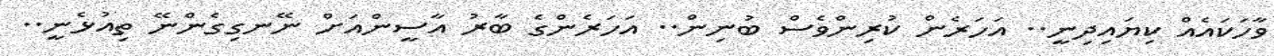
ވާހަކައެއް ކިޔައިދިނީ.. އަހަރެން ކުރިންވެސް ބުނިން.. އަހަރެންގެ ބާރު އާސީންއަށް ނޭނގިގެންނޭ ތިއުޅެނީ..